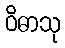
ဝိဓာသု